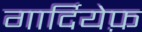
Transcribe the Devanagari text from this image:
गार्दियेफ़